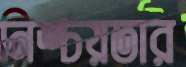
নিশ্চয়তার